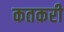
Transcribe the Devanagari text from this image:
कतकरी